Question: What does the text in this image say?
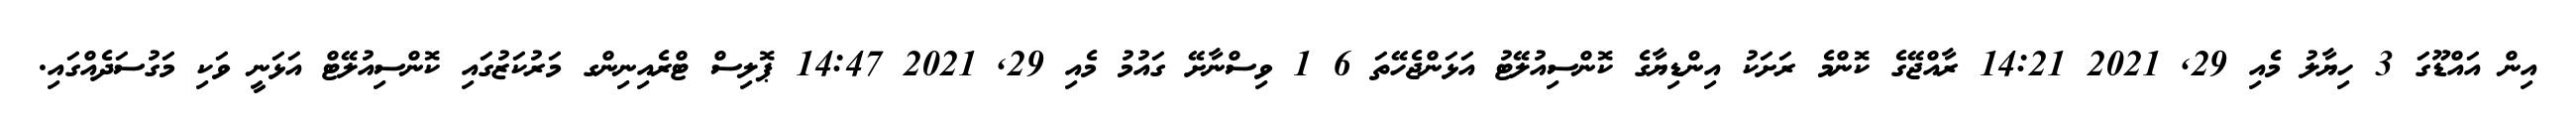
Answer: އިން އައްޑޫގަ 3 ހިޔާލު މެއި 29, 2021 14:21 ރާއްޖޭގެ ކޮންމެ ރަށަކު އިންޑިޔާގެ ކޮންސިއުލޭޓު އަޅަންޖެހޭތަ 6 1 ވިސްނާށޭ ގައުމު މެއި 29, 2021 14:47 ޕޮލިސް ޓްރެއިނިންގ މަރުކަޒުގައި ކޮންސިއުލޭޓް އަޅަނީ ވަކި މަގުސަދެއްގައި.